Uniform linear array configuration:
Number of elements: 24
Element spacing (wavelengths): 1
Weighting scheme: cosine
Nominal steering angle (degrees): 0
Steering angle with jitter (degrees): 1.729
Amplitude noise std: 0.05
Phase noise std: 0.05

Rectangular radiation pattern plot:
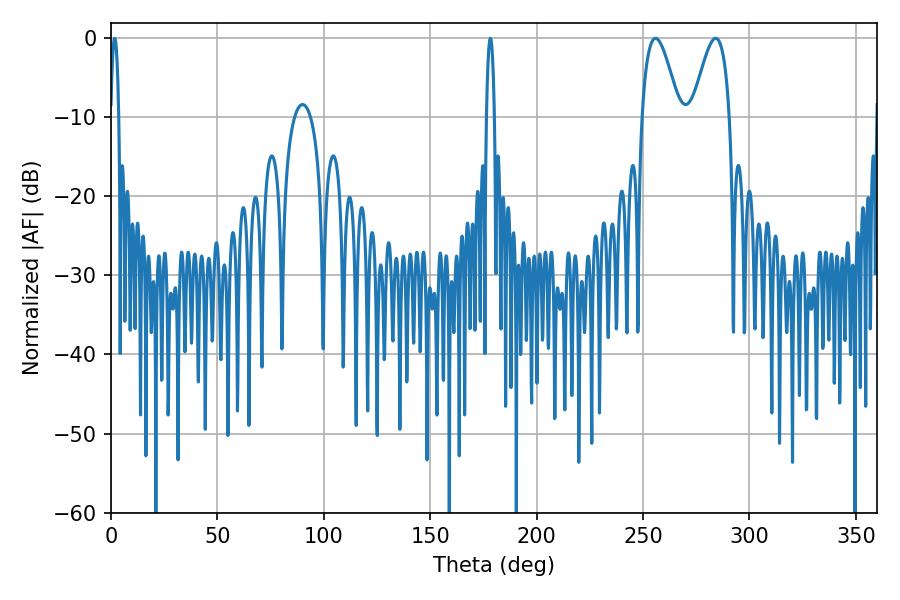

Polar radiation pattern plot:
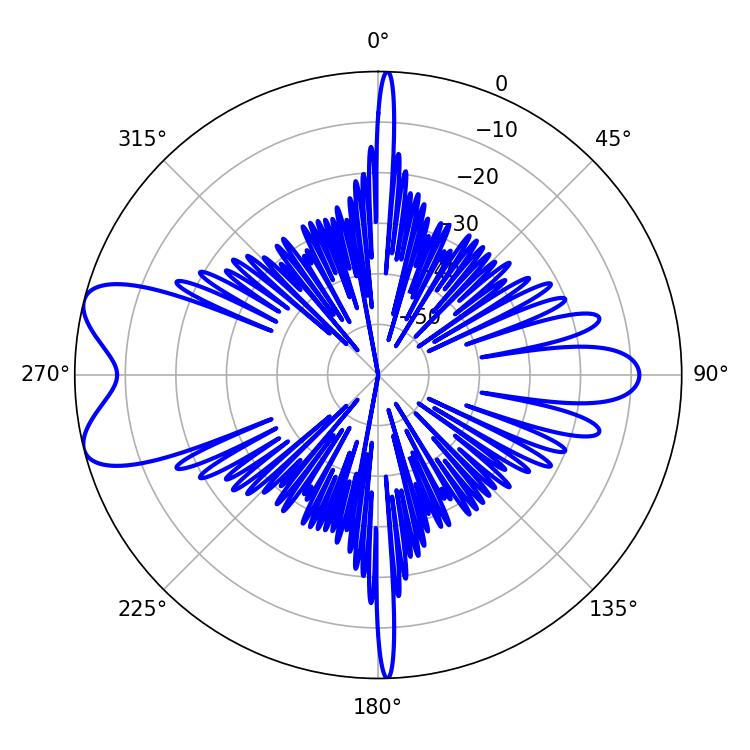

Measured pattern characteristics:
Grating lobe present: TRUE
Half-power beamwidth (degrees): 9.36
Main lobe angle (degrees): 255.78